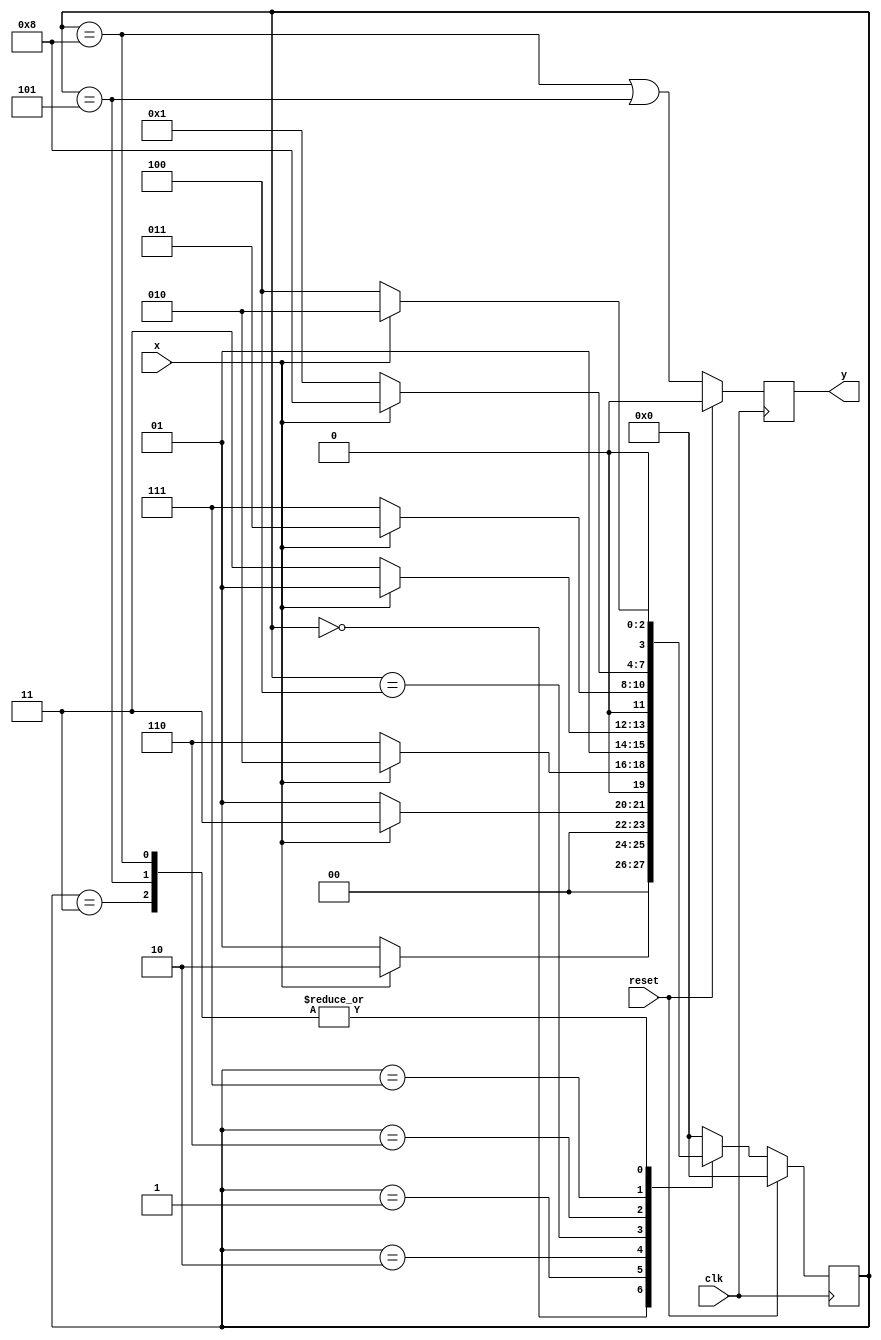
`timescale 1ns / 1ps
module project_2(
    input clk,reset,x,
    output reg y
    );
reg[3:0] state;
wire y_t;
parameter S0 = 0,// 4'b0000,
          S1 = 1,// 4'b0001,
          S2 = 2,// 4'b0011,
          S3 = 3,// 4'b0010,
          S4 = 4,// 4'b0110,
          S5 = 5,// 4'b0111,
          S6 = 6,// 4'b0101,
          S7 = 7,// 4'b0100,
          S8 = 8;// 4'b0101;

always@(posedge clk) begin
    if(reset == 1) begin
        state <= S0;
        y     <= 0;
    end
    else begin
        y = y_t;
        case (state)
        S0: if(x)
            state <= S2;
        else 
            state <= S1;
        S1: if(x)
            state <= S3;
        else 
            state <= S1;
        S2: if(x)
            state <= S2;
        else 
            state <= S6;
        S3: if(x)
            state <= S2;
        else 
            state <= S4;
        S4: if(x)
            state <= S5;
        else 
            state <= S7;
        S5: if(x)
            state <= S2;
        else 
            state <= S4;
        S6: if(x)
            state <= S3;
        else 
            state <= S7;
        S7: if(x)
            state <= S8;
        else 
            state <= S1;
        S8: if(x)
            state <= S2;
        else 
            state <= S4;
        default: state <= S0;
        endcase;
    end
end
assign y_t = (state == S8 | state == S5);
endmodule